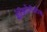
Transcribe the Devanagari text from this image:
बोज़ियोनीलोस